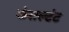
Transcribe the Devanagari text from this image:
कंसल्टंट